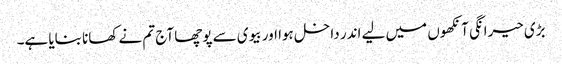
بڑی حیرانگی آنکھوں میں لیے اندر داخل ہوا اور بیوی سے پوچھا آج تم نے کھانا بنایا ہے۔